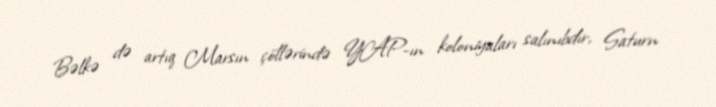
Bəlkə də artıq Marsın çöllərində YAP-ın koloniyaları salınıbdır, Saturn